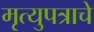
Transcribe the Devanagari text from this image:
मृत्युपत्राचे